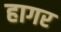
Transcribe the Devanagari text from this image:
हागर